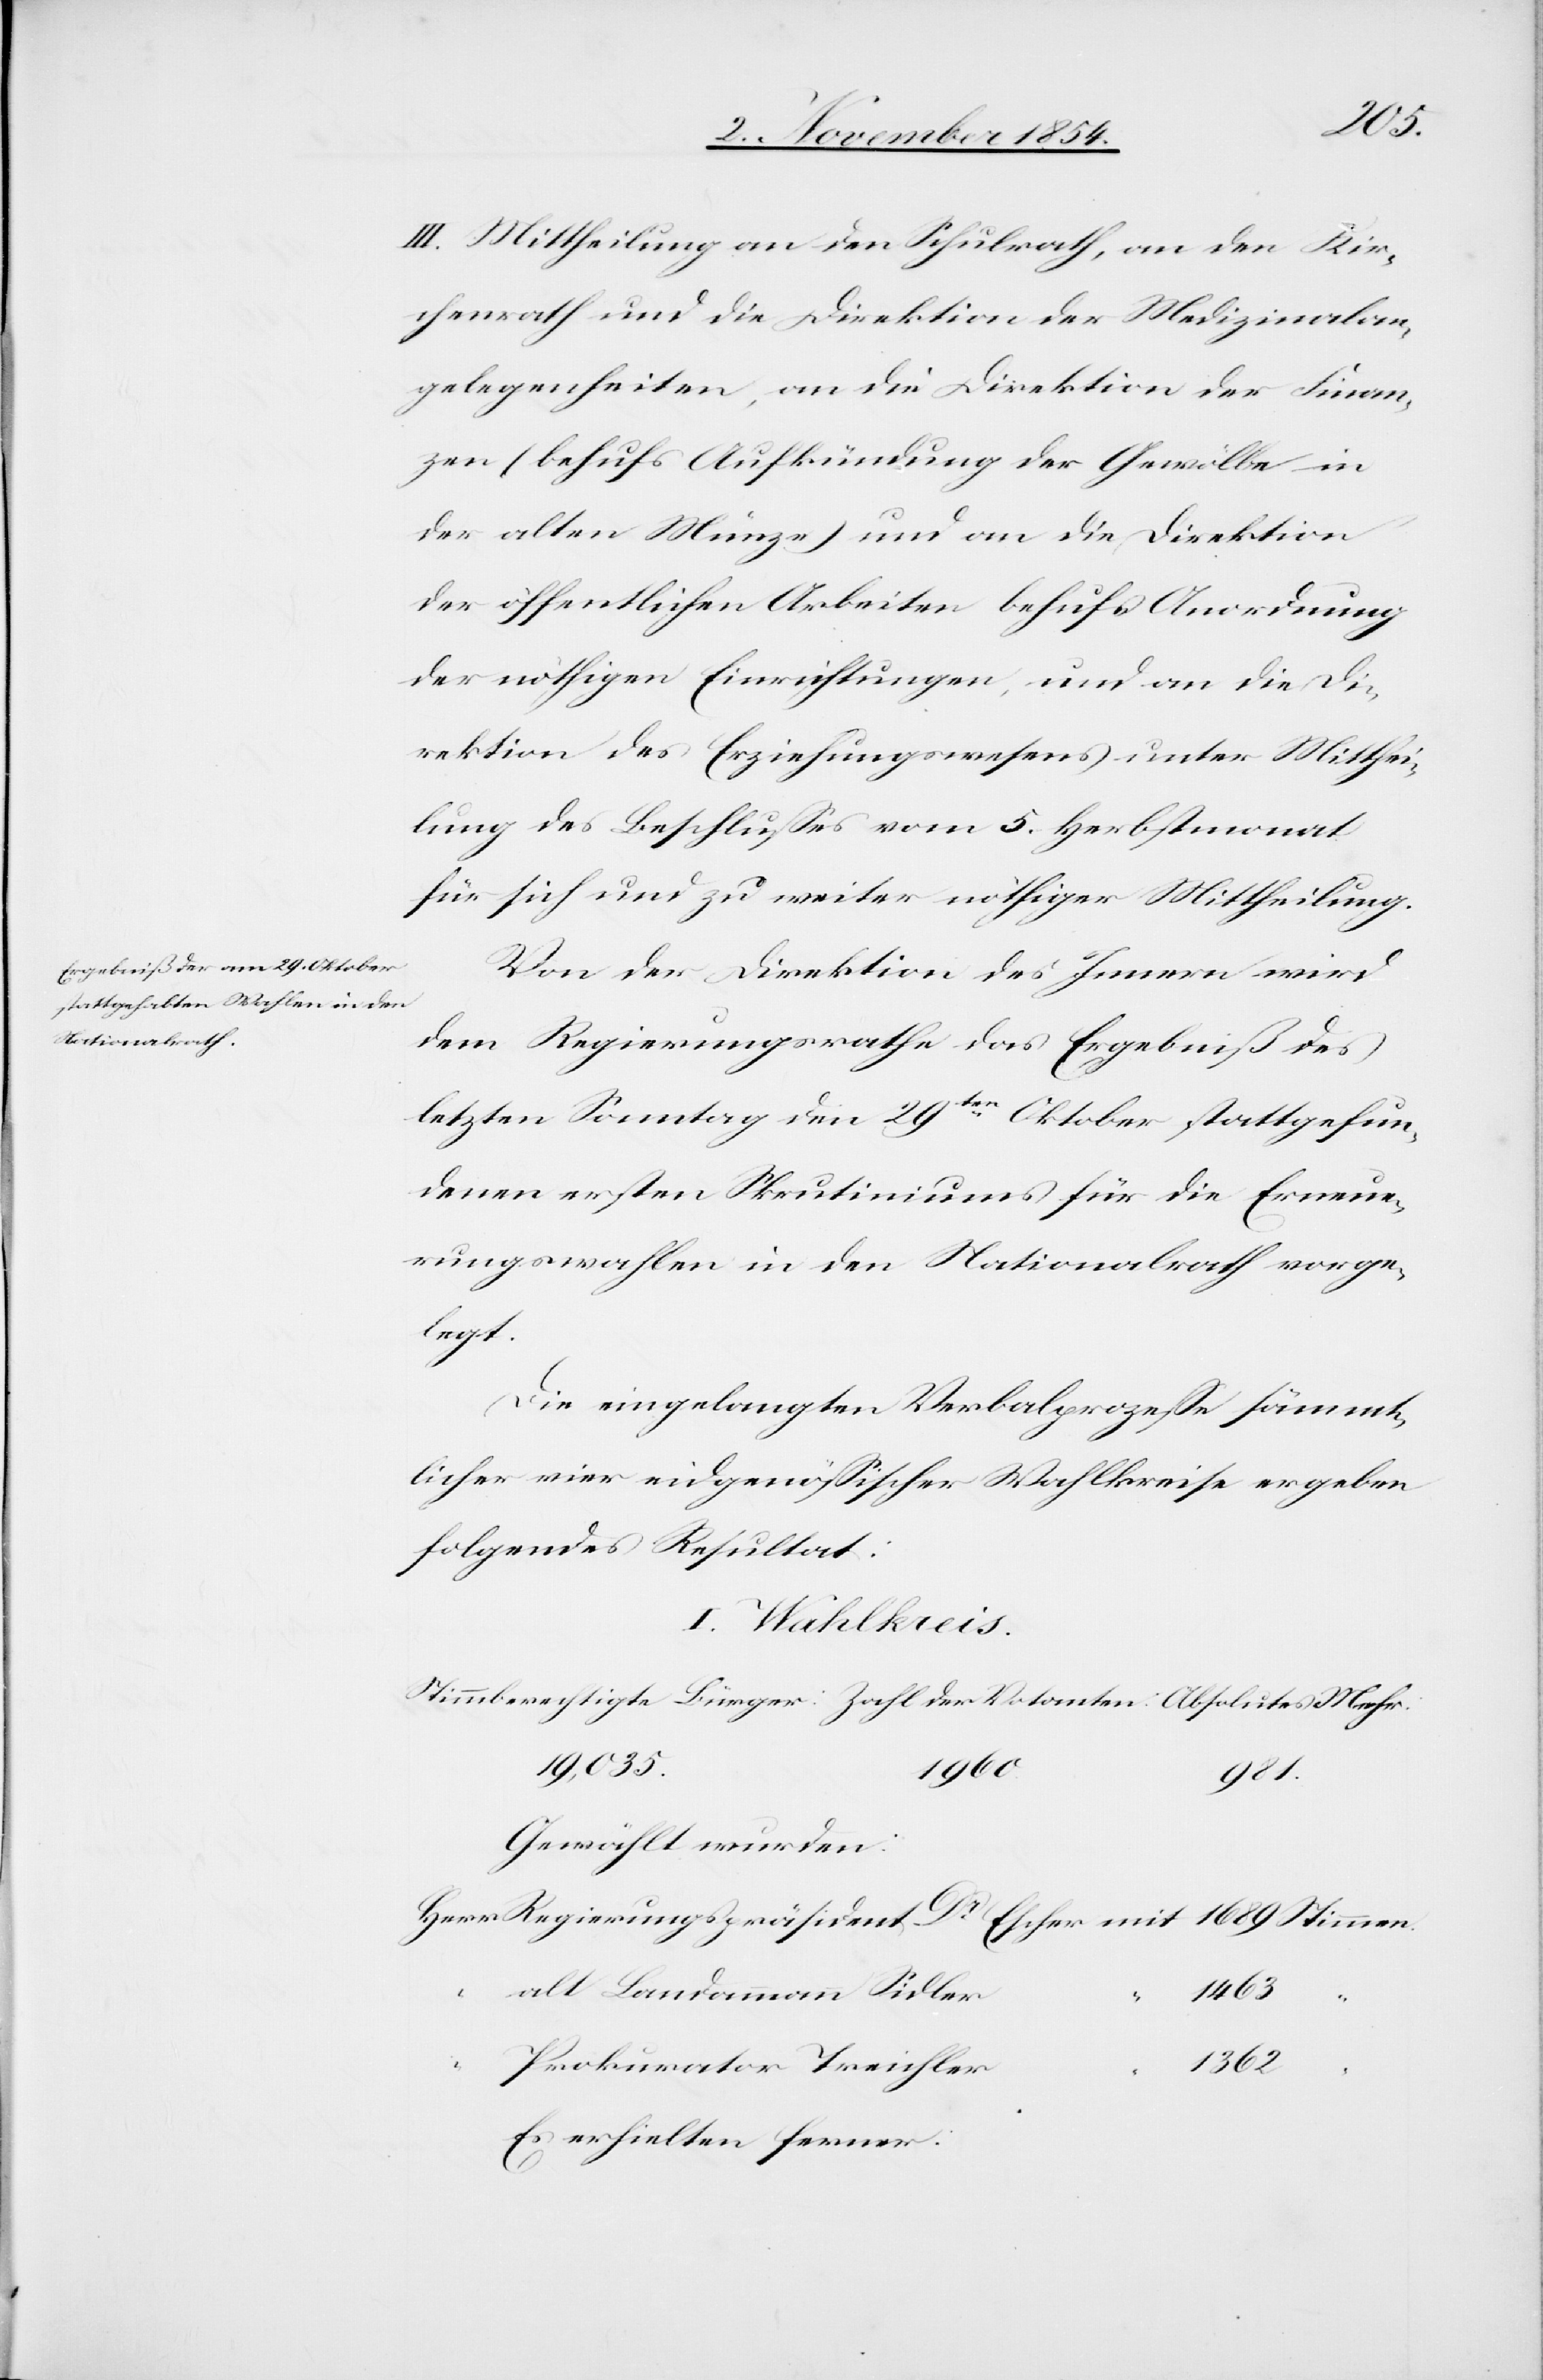
III. Mittheilung an den Schulrath, an den Kir¬
chenrath und die Direktion der Medizinalan¬
gelegenheiten, an die Direktion der Finan¬
zen (behufs Aufkündung der Gewölbe in
der alten Münze) und an die Direktion
der öffentlichen Arbeiten behufs Anordnung
der nöthigen Einrichtungen, und an die Di¬
rektion des Erziehungswesens unter Mitthei¬
lung des Beschlußes vom 5. Herbstmonat
für sich und zu weiter nöthiger Mittheilung.
Von der Direktion des Innern wird
dem Regierungsrathe das Ergebniß des
letzten Sonntag den 29ten Oktober stattgefun¬
denen ersten Skrutiniums für die Erneue¬
rungswahlen in den Nationalrath vorge¬
legt.
Die eingelangten Verbalprozeße sämmt¬
licher vier eidgenößischer Wahlkrise ergeben
folgendes Resultat:
I. Wahlkreis.
19,035.
1960
981.
Gewählt wurden:
1463
alt Landammann Sidler
“
Prokurator Treichsler
1362
Es erhielten ferner: